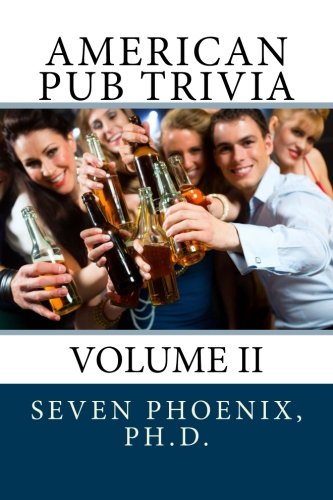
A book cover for American Pub Trivia : Volume II (Volume 2); Seven Phoenix Ph.D.; Humor & Entertainment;